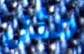
مثل